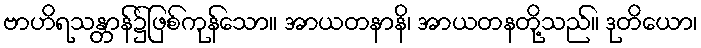
ဗာဟိရသန္တာန်၌ဖြစ်ကုန်သော။ အာယတနာနိ၊ အာယတနတို့သည်။ ဒုတိယော၊